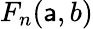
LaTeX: F_{n}(\mathsf{a},b)